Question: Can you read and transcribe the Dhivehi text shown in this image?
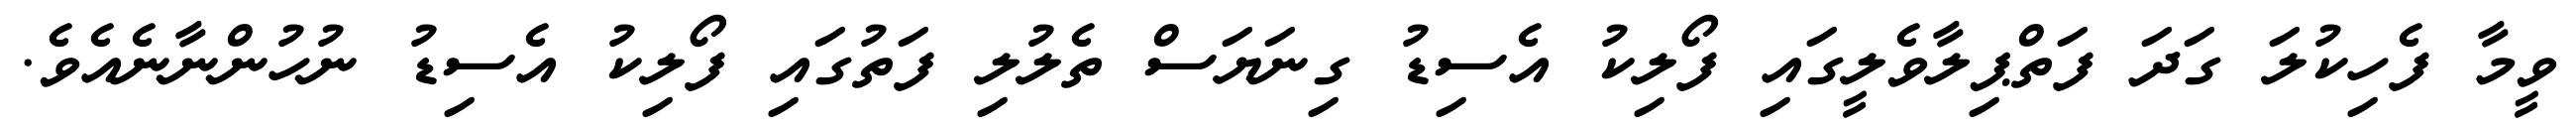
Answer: ވީމާ ފެހިކުލަ ގަދަ ފަތްޕިލާވެލީގައި ފޯލިކު އެސިޑު ގިނަޔަސް ތެލުލި ފަތުގައި ފޯލިކު އެސިޑު ނުހުންނާނެއެވެ.